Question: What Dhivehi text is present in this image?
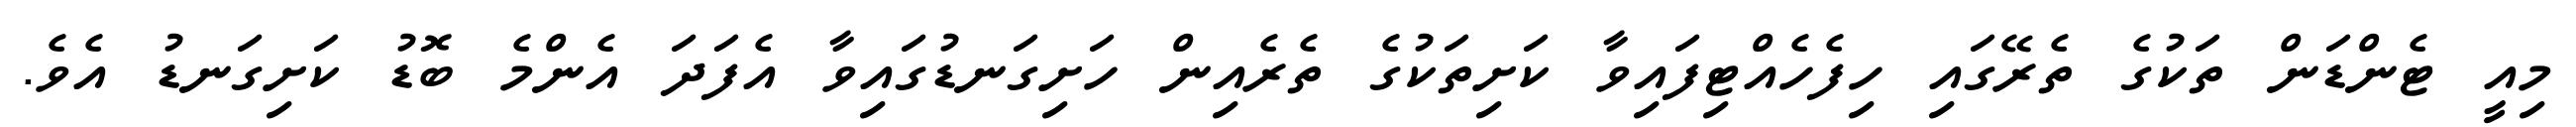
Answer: މިއީ ޓެންޑަން ތަކުގެ ތެރޭގައި ހިފެހެއްޓިފައިވާ ކަށިތަކުގެ ތެރެއިން ހަށިގަނޑުގައިވާ އެފަދަ އެންމެ ބޮޑު ކަށިގަނޑު އެވެ.